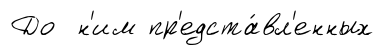
До н'им пр'едста́вл'енных